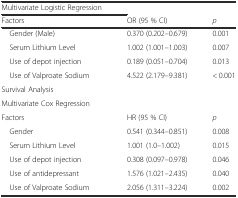
| Multivariate Logistic Regression |  |  |
 | Factors | OR (95 % CI) | p |
 | --- | --- | --- |
 | Gender (Male) | 0.370 (0.202–0.679) | 0.001 |
 | Serum Lithium Level | 1.002 (1.001–1.003) | 0.007 |
 | Use of depot injection | 0.189 (0.051–0.704) | 0.013 |
 | Use of Valproate Sodium | 4.522 (2.179–9.381) | < 0.001 |
 | Survival Analysis |  |  |
 | Multivariate Cox Regression |  |  |
 | Factors | HR (95 % CI) | p |
 | Gender | 0.541 (0.344–0.851) | 0.008 |
 | Serum Lithium Level | 1.001 (1.0–1.002) | 0.015 |
 | Use of depot injection | 0.308 (0.097–0.978) | 0.046 |
 | Use of antidepressant | 1.576 (1.021–2.435) | 0.040 |
 | Use of Valproate Sodium | 2.056 (1.311–3.224) | 0.002 |